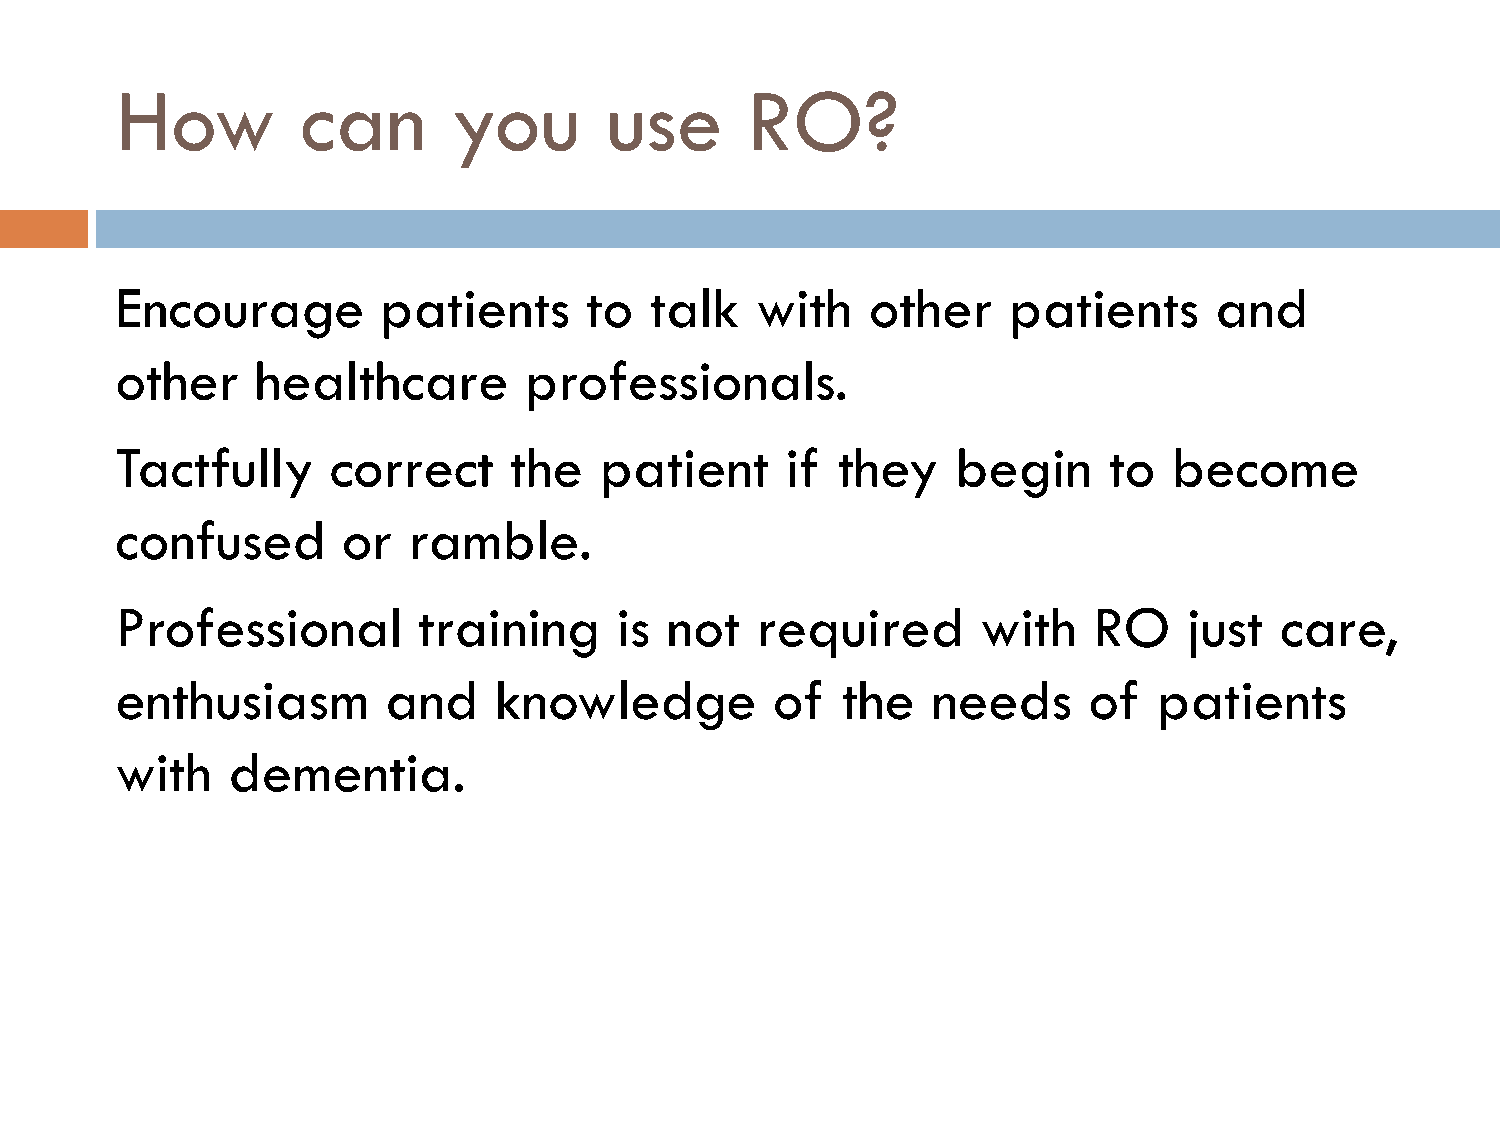
How         can       you       use      RO?
 Encourage        patients      to  talk   with    other    patients     and
 other    healthcare        professionals.
 Tactfully     correct     the   patient     if they    begin     to   become
 confused       or  ramble.
 Professional        training     is not   required       with   RO     just  care,
 enthusiasm        and    knowledge         of   the   needs     of   patients
 with   dementia.